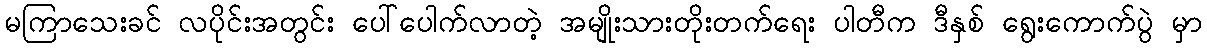
မကြာသေးခင် လပိုင်းအတွင်း ပေါ်ပေါက်လာတဲ့ အမျိုးသားတိုးတက်ရေး ပါတီက ဒီနှစ် ရွေးကောက်ပွဲ မှာ